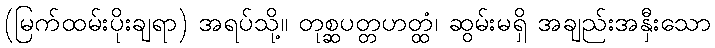
(မြက်ထမ်းပိုးချရာ) အရပ်သို့။ တုစ္ဆပတ္တဟတ္ထံ၊ ဆွမ်းမရှိ အချည်းအနှီးသော